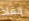
إنقاذ